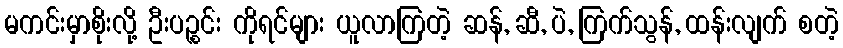
မကင်းမှာစိုးလို့ ဦးပဉ္စင်း ကိုရင်များ ယူလာကြတဲ့ ဆန်, ဆီ, ပဲ, ကြက်သွန်, ထန်းလျက် စတဲ့